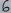
Text: 7